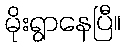
မိုးရွာနေပြီ။